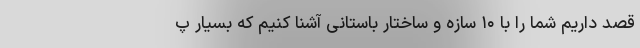
قصد داریم شما را با ۱۰ سازه و ساختار باستانی آشنا کنیم که بسیار پ